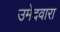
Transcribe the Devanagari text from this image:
उमेदवारा